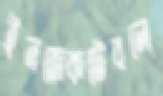
ইনজেকটেবলে